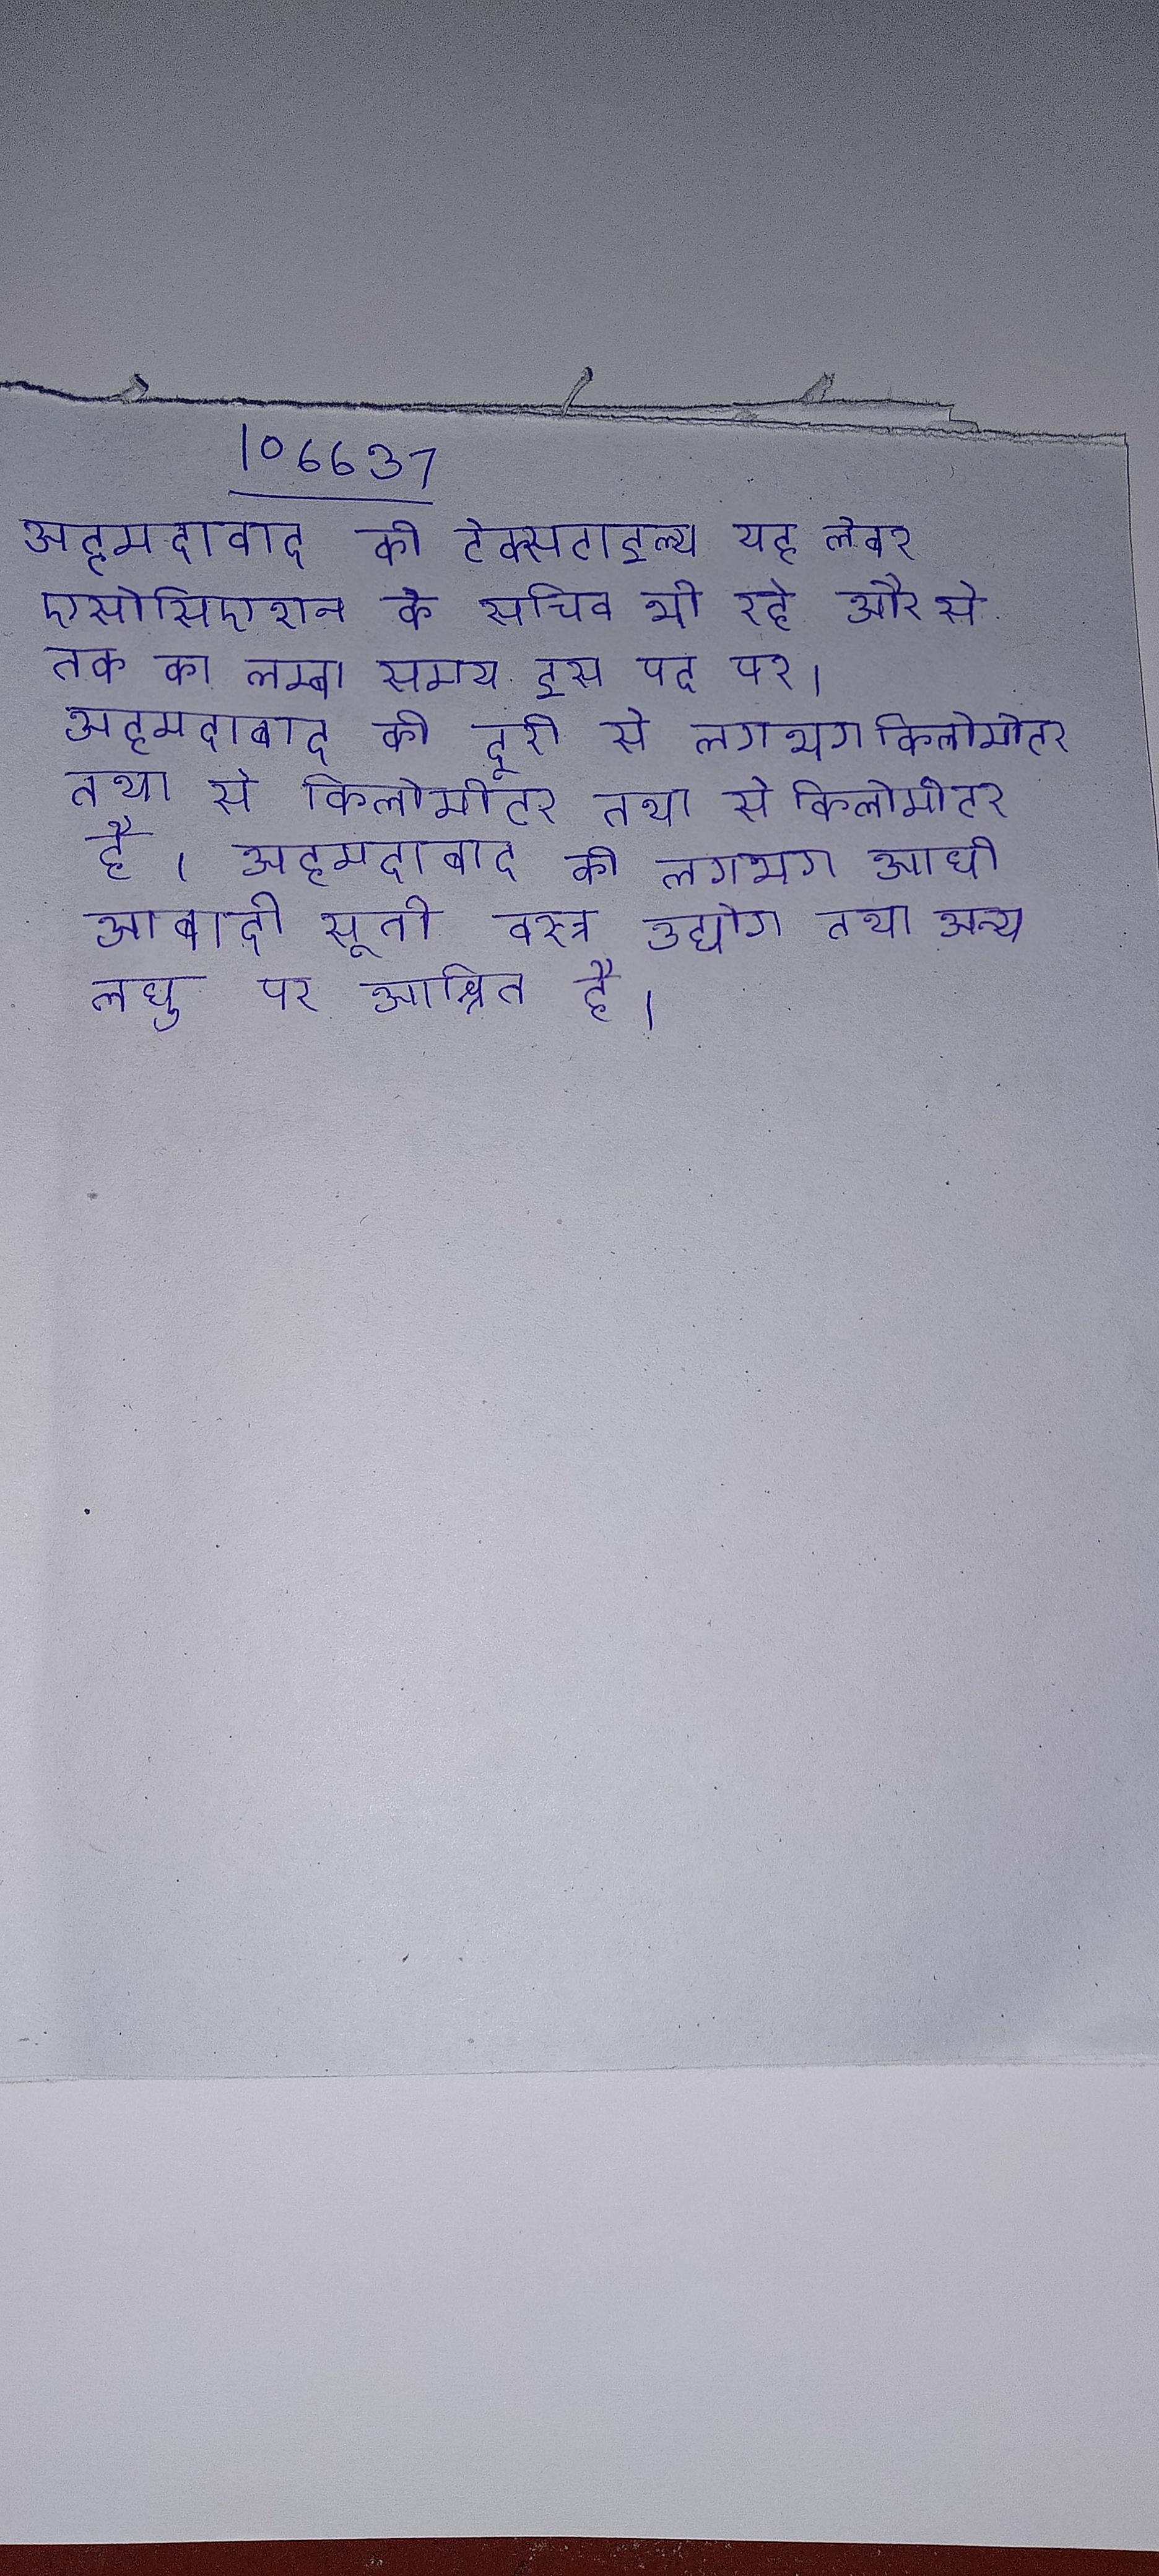
अहमदाबाद की टेक्सटाइल्स यह लेबर एसोसिएशन के सचिव भी रहे और से तक का लम्बा समय इस पद पर । अहमदाबाद की दूरी से लगभग किलोमीटर तथा से किलोमीटर है । अहमदाबाद की लगभग आधी आबादी सूती वस्त्र उद्योग तथा अन्य लघु पर आश्रित है ।